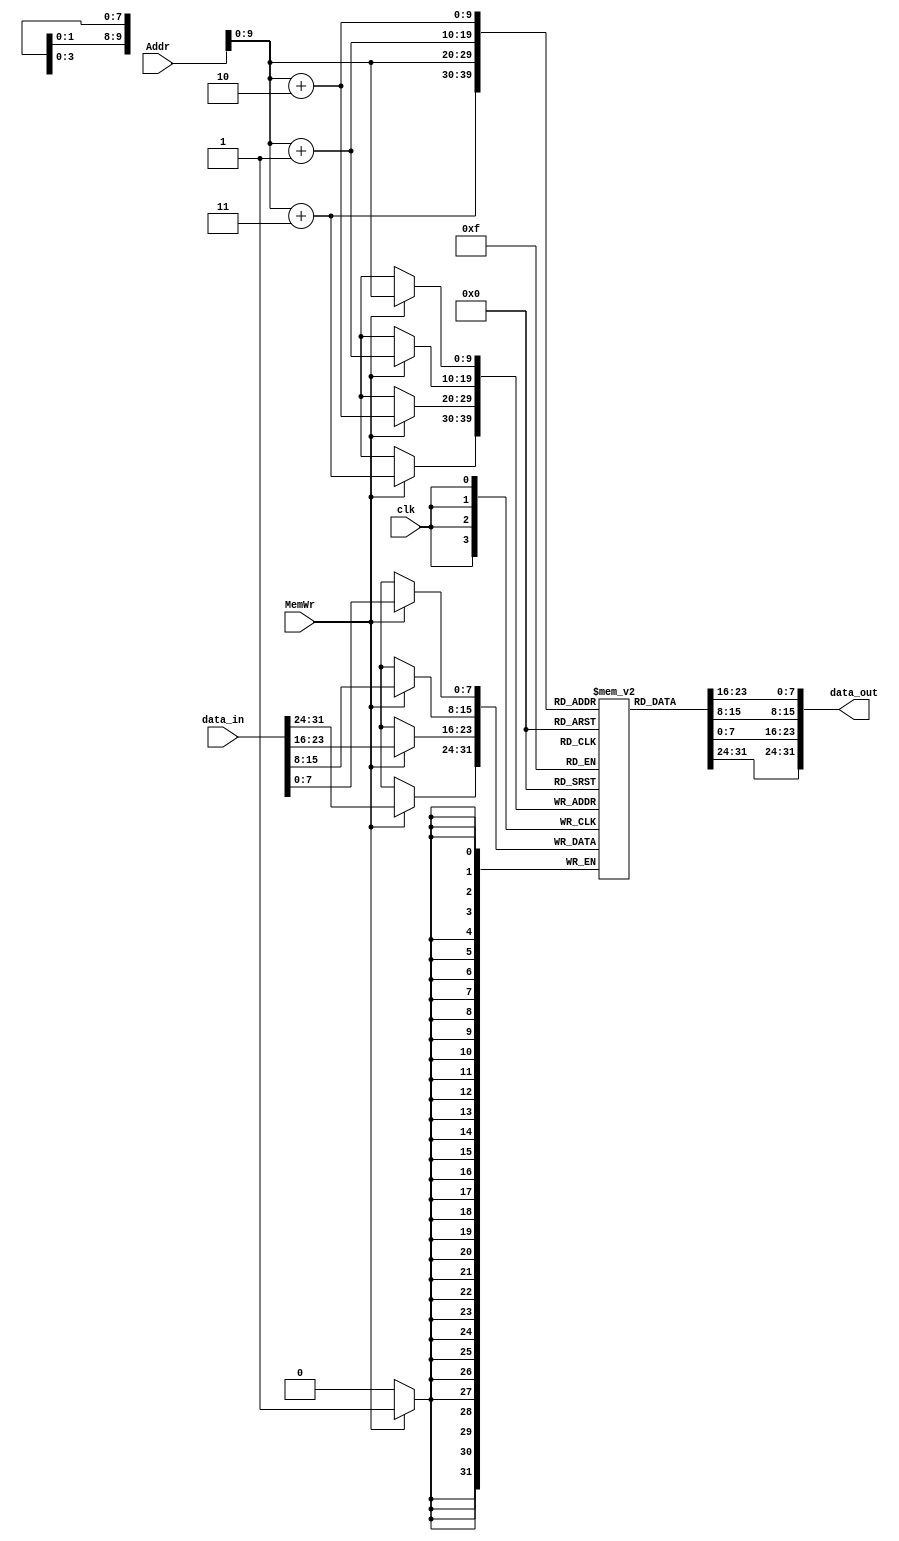
module DataMemory(input [31:0]data_in,input [31:0]Addr,input clk,input MemWr,output [31:0]data_out);
reg [7:0] DM [1023:0];
assign data_out={DM[Addr+3],DM[Addr+2],DM[Addr+1],DM[Addr]};
always@(posedge clk)begin
	if(MemWr)begin
		DM[Addr[9:0]]=data_in[7:0];
		DM[Addr[9:0]+1]=data_in[15:8];
		DM[Addr[9:0]+2]=data_in[23:16];
		DM[Addr[9:0]+3]=data_in[31:24];
	end
end
endmodule